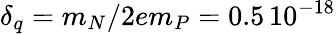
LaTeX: \delta_{q}=m_{N}/2em_{P}=0.5\, 10^{-18}